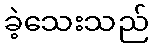
ခဲ့သေးသည်